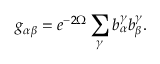
g _ { \alpha \beta } = e ^ { - 2 \Omega } \sum _ { \gamma } b _ { \alpha } ^ { \gamma } b _ { \beta } ^ { \gamma } .